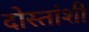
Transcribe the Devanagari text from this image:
दोस्तांशी